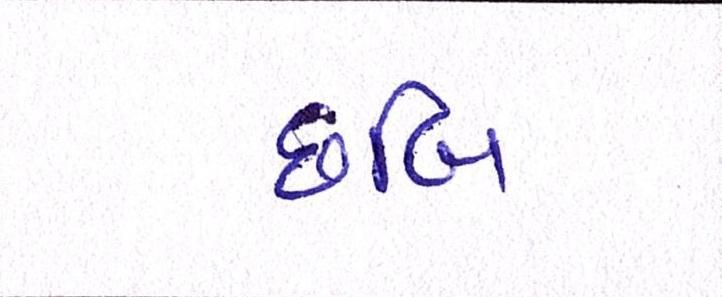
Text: છબિ